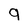
Character: g